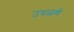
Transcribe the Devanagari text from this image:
उधळणे